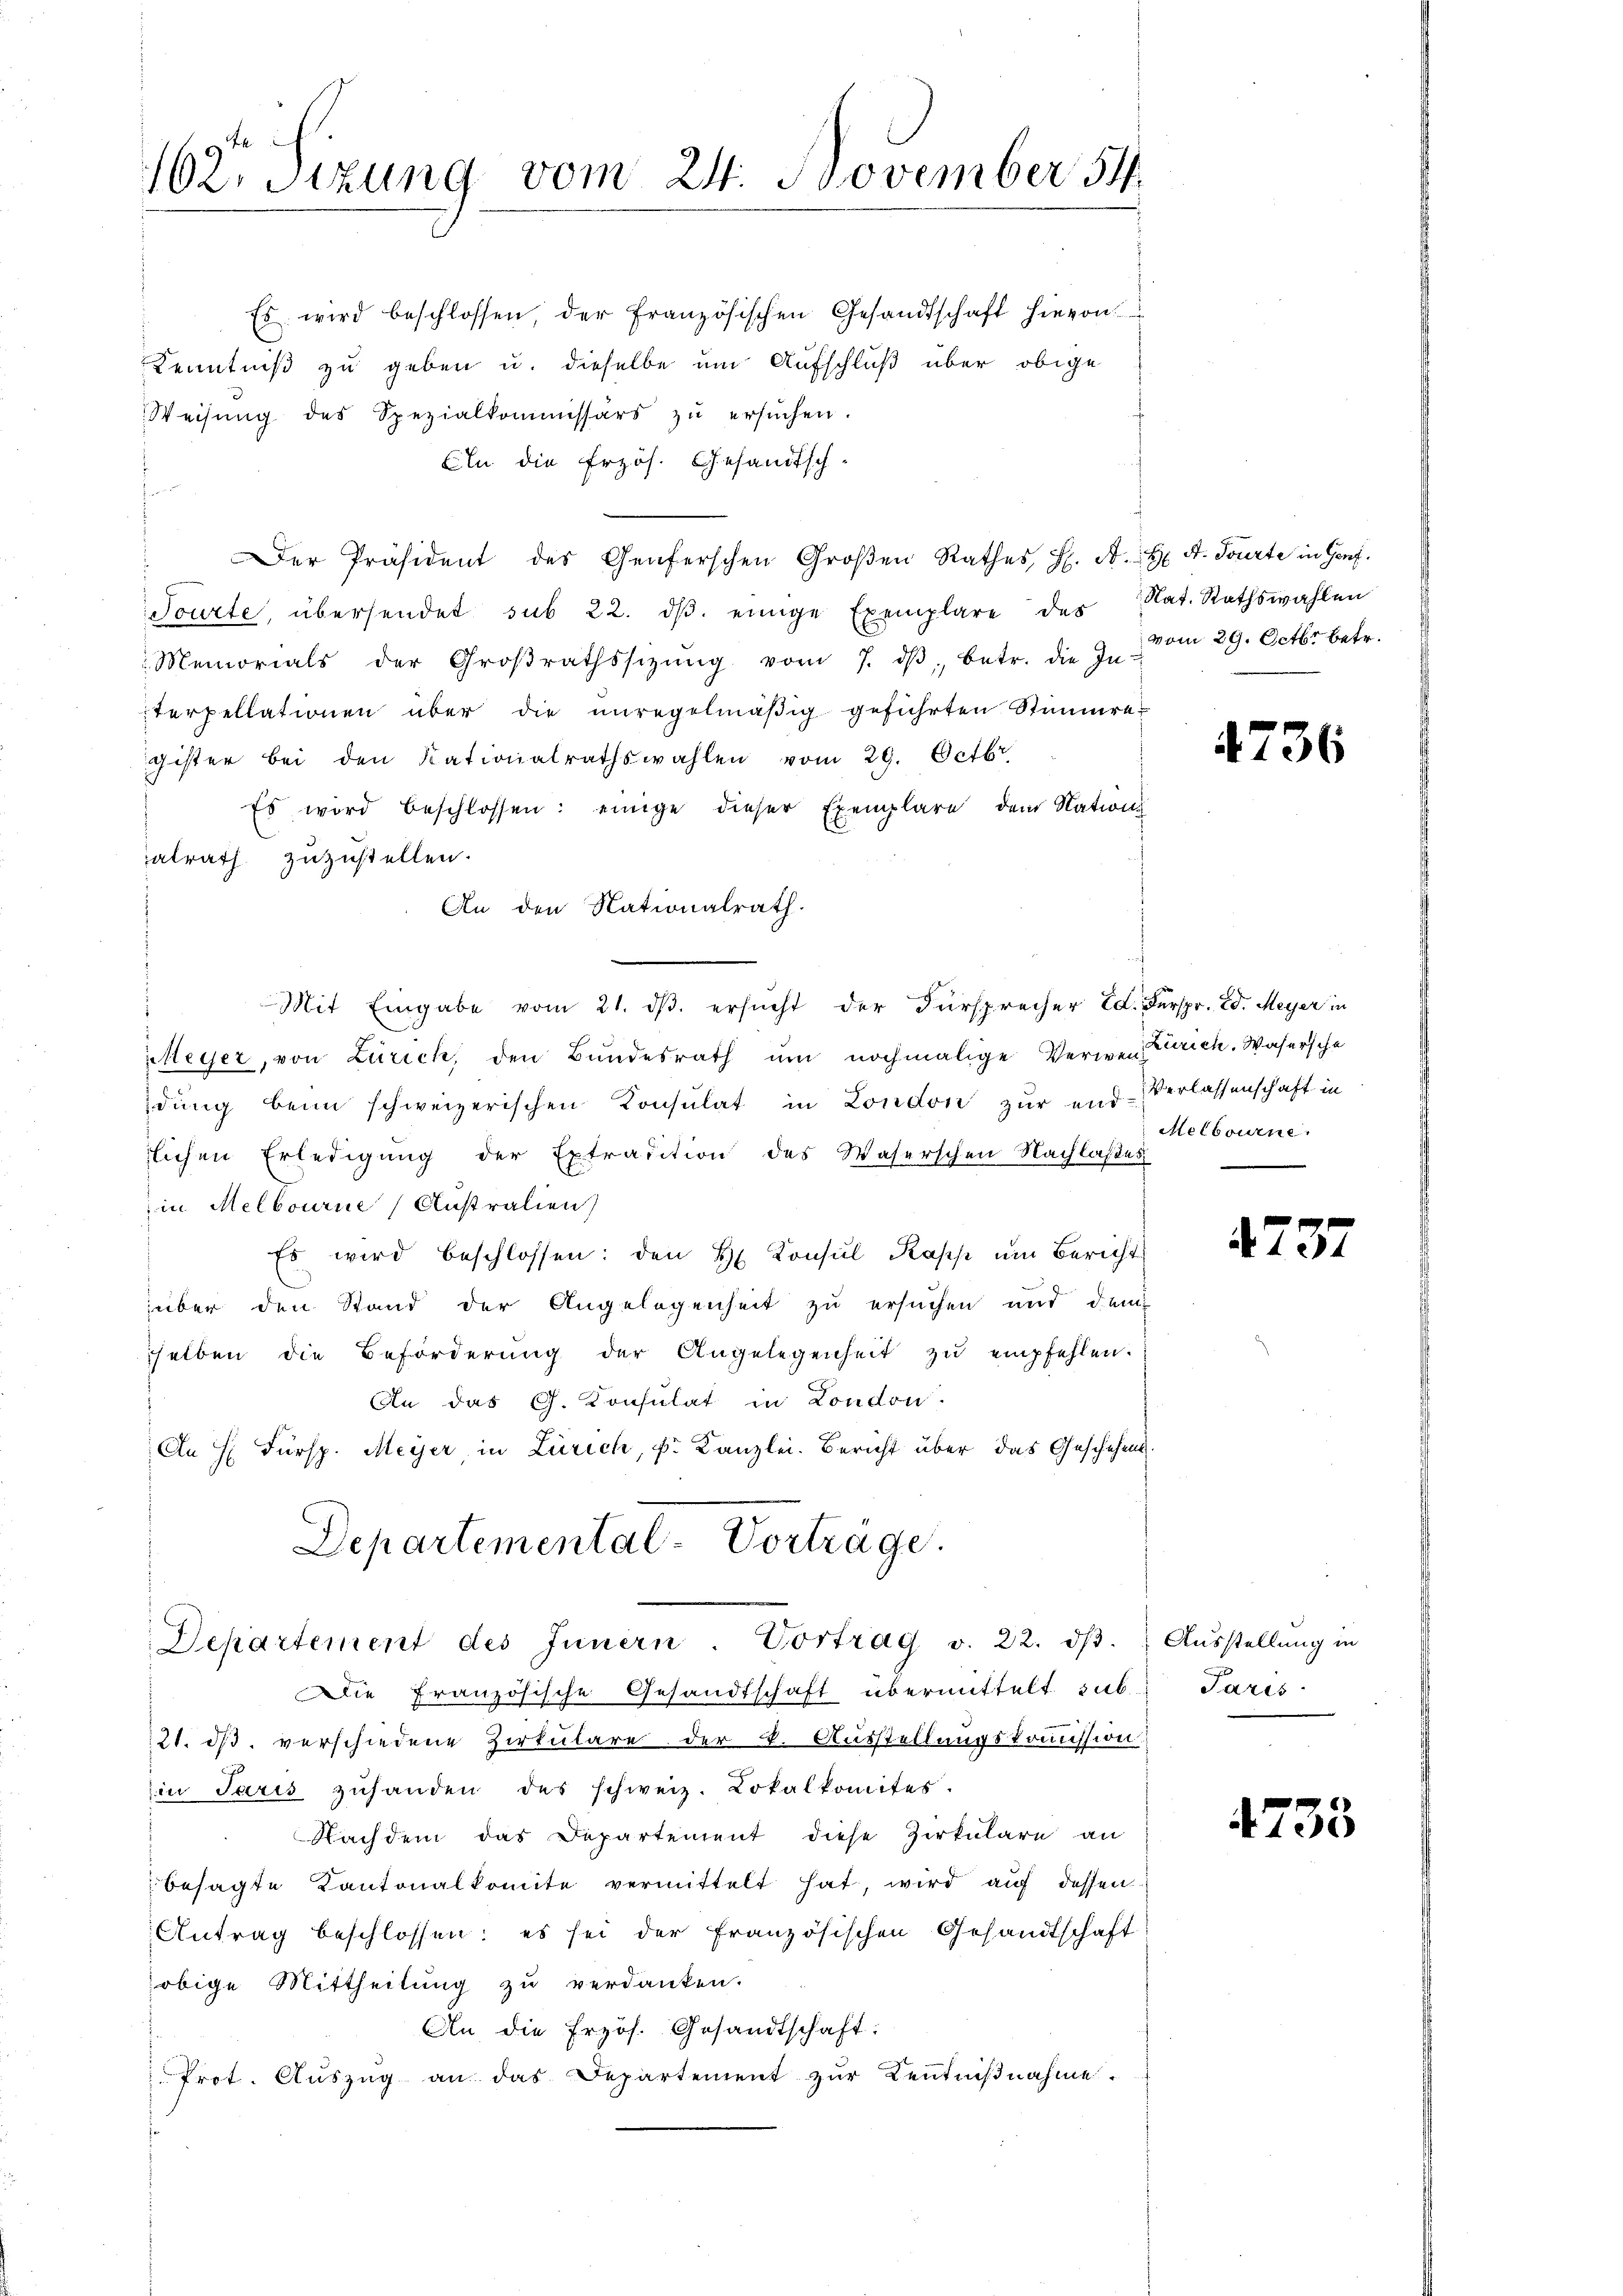
162. Sizung vom 24. November 54.

Es wird beschlossen, der französischen Gesandtschaft hievon
Kenntniß zu geben u. dieselbe um Aufschluß über obige
Weisŭng des Spezialkommissärs zŭ ersŭchen.
Bin die Erzös. Gesandtsch-
.
" Der Präsident des Genferschen Großen Rathes H. A. A. Tourte in Genf,
Tourte, übersendet sub 22. dβ einige Exemplare des Nat. Rathswahlen
 Memorials der Groβrathssitŭng vom 7. dβ betr. die In-
terpellationen über die unregelmäßig geführten Stimmre
gister bei den Nationalrathswahlen vom 29. Octbr.
Es wird beschlossen: einige dieser Exemplare dem Nation
alrath zuzustellen.
An den Nationalrath.
Mit Eingabe vom 21. dβ. ersŭcht der Fürsprecher Ed. Fürspr. Ed. Meyer in
Heyer, von Zürich, den Bundesrath um nochmalige Verweislich. Wasersche
dung beim schweizerischen Konsulat in London zur end- Verlassenschaft in
rlichen Erledigung der Extradition des Waserschen Nachlaßes
in Melbourne Australien
Es wird beschlossen: den H. Konsul Kaps um Bericht
über den Stand der Angelegenheit zu ersuchen und dem
shelben die Beförderŭng der Angelegenheit zŭ empfehlen.
An das G. Konsulat in London.
An H. Fürsp. Meyer in Zürich, k. Kanzlei. Bericht über das Geschehen¬
Departemental-Vortrage.

Die Französische Gesandtschaft übermittelt sub
21. ds verschiedene Zirkulare der 2. Ausstellungskommission.
in Paris zuhanden des schweiz. Lokalkomites.
Nachdem das Departement diese Zirkulare an
besagte Kantonalkomite vermittelt hat, wird auf dessen
Antrag beschlossen: es sei der französischen Gesandtschaft
obige Mittheilung zu verdanken.
An die Erzös. Gesandtschaft:
Prot. Aŭszŭg an das Departement zur Kenntnißnahme.

Departement des Innern. Vortrag v. 22. dβ. Ausstellung in

vom 29. Octbr. betr.

4736

Melbourne

2737

Paris

4733